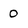
Character: 0